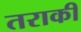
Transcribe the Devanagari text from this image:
तराकी